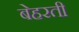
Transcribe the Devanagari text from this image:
बेहरती